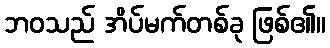
ဘဝသည် အိပ်မက်တစ်ခု ဖြစ်၏။